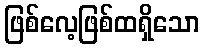
ဖြစ်လေ့ဖြစ်ထရှိသော